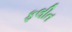
ફલીત